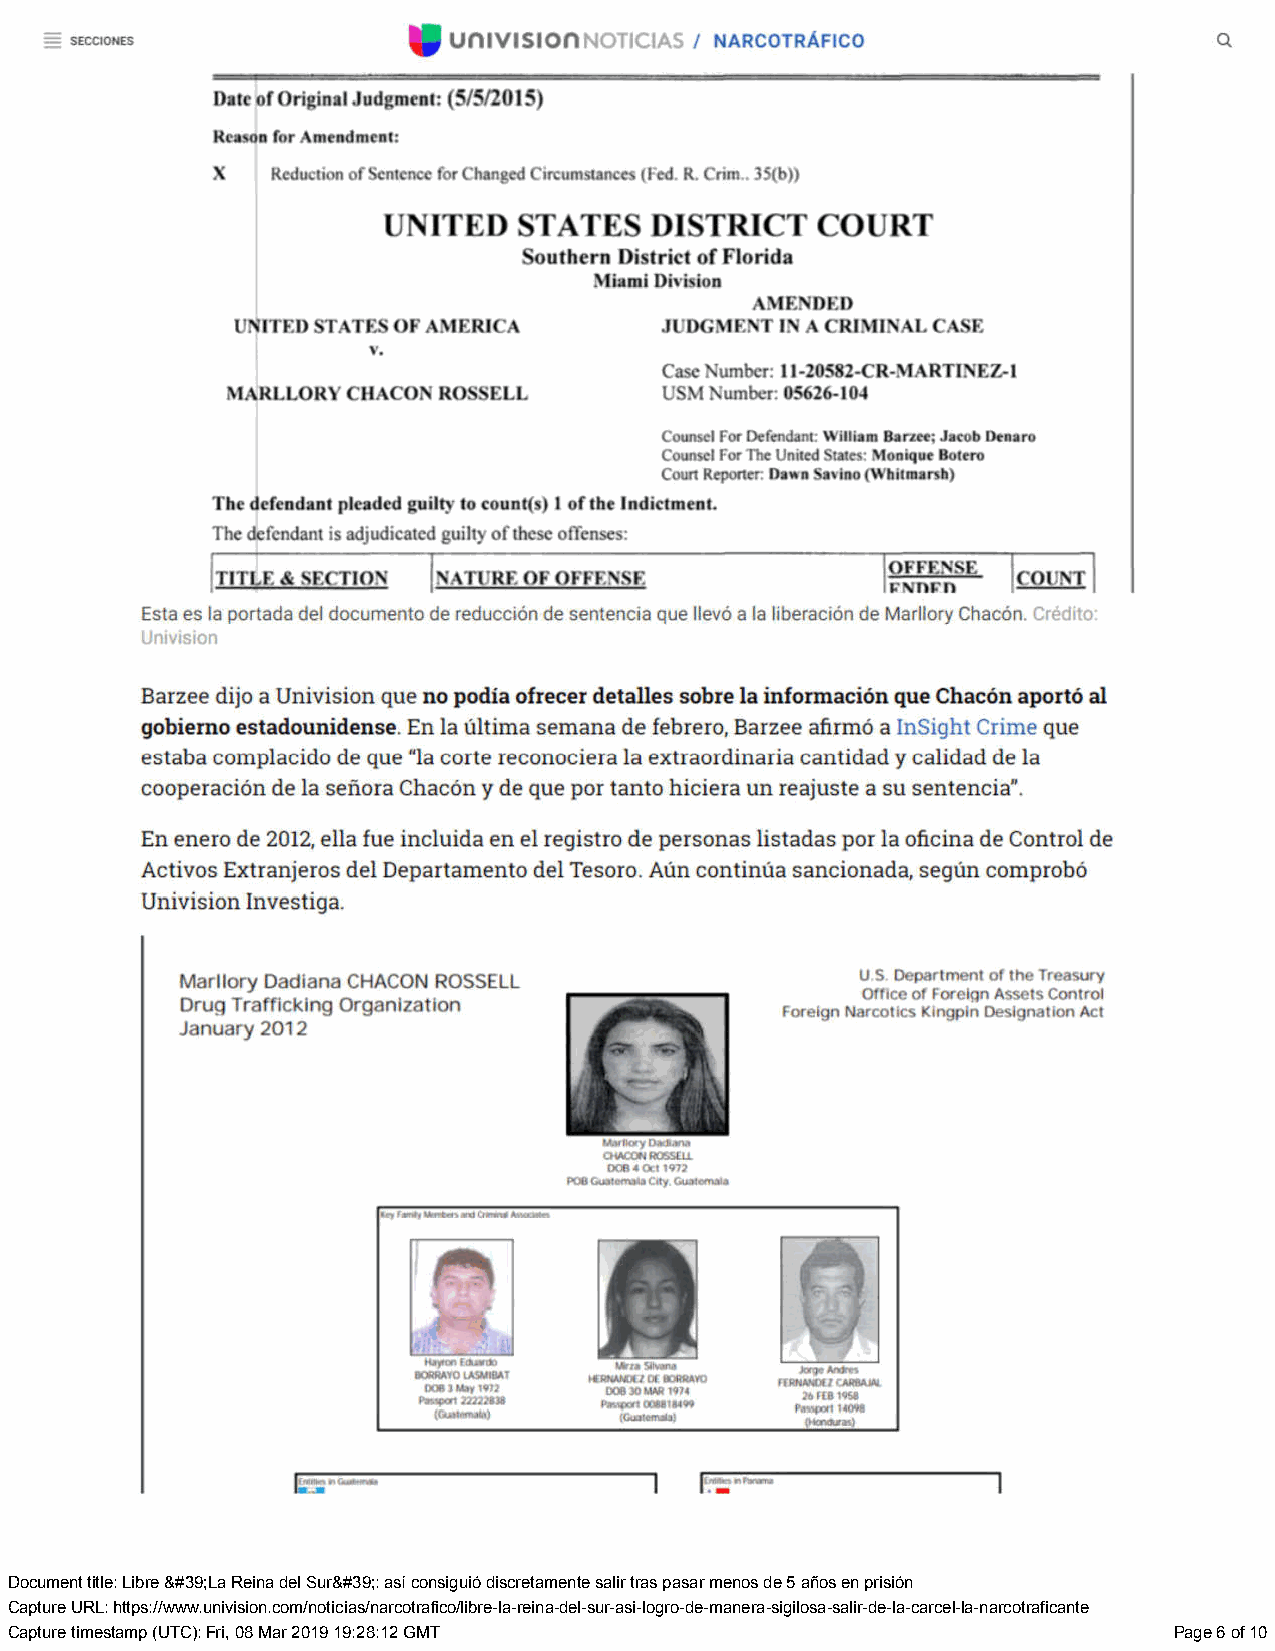
Document title: Libre &#39;La Reina del Sur&#39;: así consiguió discretamente salir tras pasar menos de 5 años en prisión
 Capture URL: https://www.univision.com/noticias/narcotrafico/libre-la-reina-del-sur-asi-logro-de-manera-sigilosa-salir-de-la-carcel-la-narcotraficante
 Capture timestamp (UTC): Fri, 08 Mar 2019 19:28:12 GMT                        Page 6 of 10